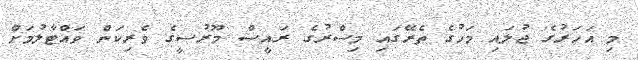
މި އަހަރުގެ ޖުލައި މަހުގެ ތެރޭގައި މިސްރުގެ ރައީސް މޫރުސީގެ ވެރިކަން ވައްޓާލުމަށް